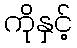
ကိုနှင့်